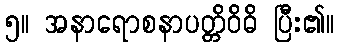
၅။ အနာရောစနာပတ္တိဝိဓိ ပြီး၏။